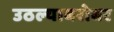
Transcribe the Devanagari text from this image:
उठल्याबरोबर